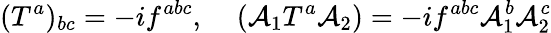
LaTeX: ({T^{a}})_{bc}=-if^{abc},\; \; \; \; ({\cal A}_{1}T^{a}{\cal A}_{2})=-if^{abc}{\cal A}_{1}^{b}{\cal A}_{2}^{c}